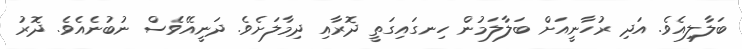
ބަލާލިއެވެ. އަދި ރުހާނީއަށް ބަލާލަމުން ހިނގައިގަތީ ދޮރާއި ދިމާލަށެވެ. ދަނީއޭވެސް ނުބުނެއެވެ. ދޮރު